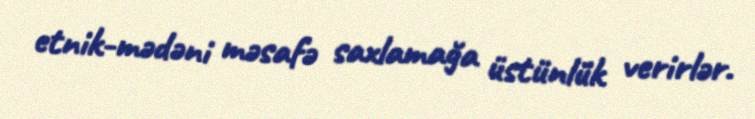
etnik-mədəni məsafə saxlamağa üstünlük verirlər.